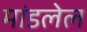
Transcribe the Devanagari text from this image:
मांडलेल